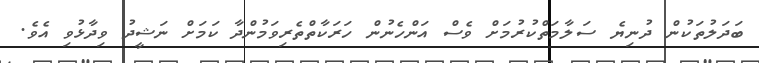
ބަދަލުތަކުން ދުނިޔެ ސަލާމަތްކުރުމަށް ވެސް އަންހެނުން ހަރަކާތްތެރިވަމުންދާ ކަމަށް ނަޝީދު ވިދާޅުވި އެވެ.